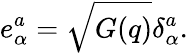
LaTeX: e_{\alpha}^{a}=\sqrt{G(q)}\delta_{\alpha}^{a}.